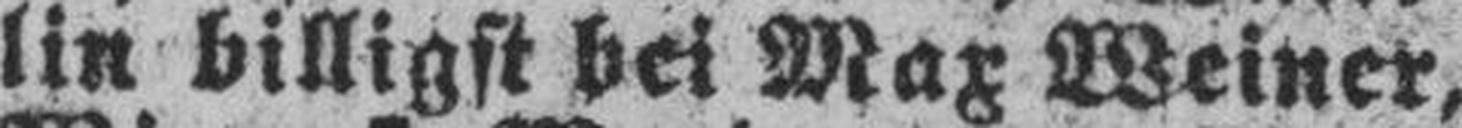
lin billigst bei Max Weiner,